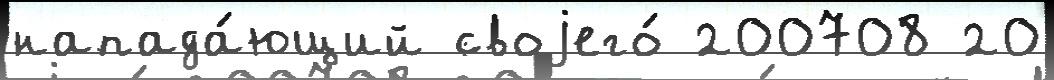
напада́ющий своjего́ 200708 20